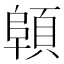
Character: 顊